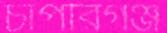
চাপরিগঞ্জ